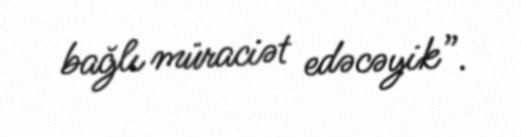
bağlı müraciət edəcəyik”.